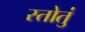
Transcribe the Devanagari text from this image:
स्तोतुं